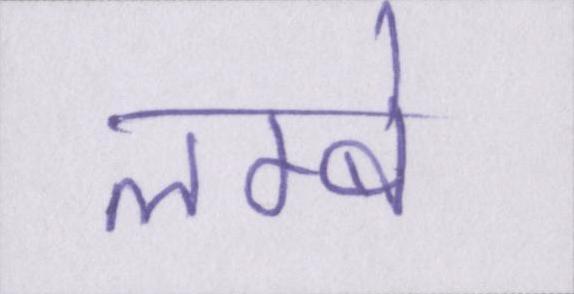
लम्बे